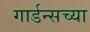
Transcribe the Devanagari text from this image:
गार्डन्सच्या